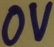
Text: 0V